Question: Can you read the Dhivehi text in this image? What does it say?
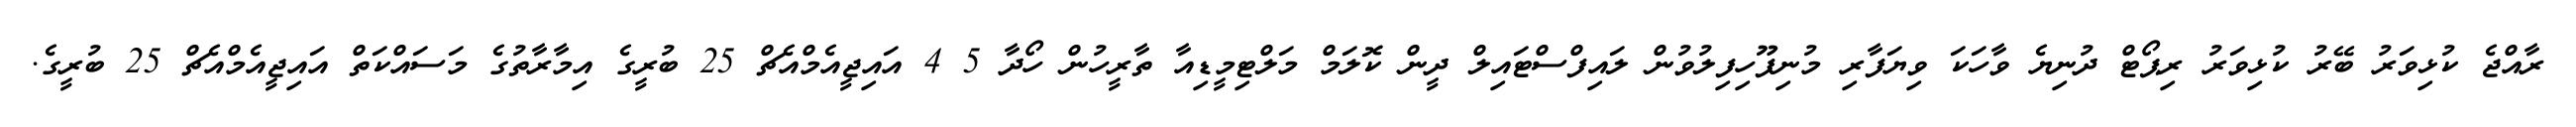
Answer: ރާއްޖެ ކުޅިވަރު ބޭރު ކުޅިވަރު ރިޕޯޓް ދުނިޔެ ވާހަކަ ވިޔަފާރި މުނިފޫހިފިލުވުން ލައިފްސްޓައިލް ދީން ކޮލަމް މަލްޓިމީޑިއާ ތާރީހުން ހޯދާ 5 4 އައިޖީއެމްއެޗް 25 ބުރީގެ އިމާރާތުގެ މަސައްކަތް އައިޖީއެމްއެޗް 25 ބުރީގެ.